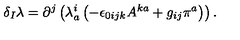
\delta _ { I } \lambda = \partial ^ { j } \left( \lambda _ { a } ^ { i } \left( - \epsilon _ { 0 i j k } A ^ { k a } + g _ { i j } \pi ^ { a } \right) \right) .